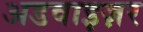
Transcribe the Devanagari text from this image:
अडवाइज़र